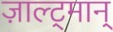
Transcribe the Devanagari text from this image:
ज़ाल्ट्मान्